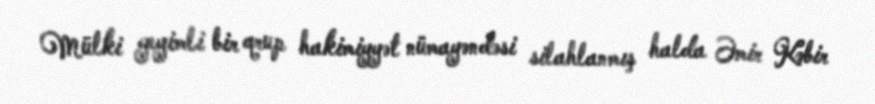
Mülki geyimli bir qrup hakimiyyət nümayəndəsi silahlanmış halda Əmir Kəbir